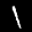
Label: 1